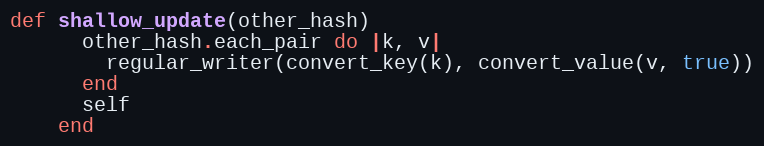
Language: Ruby
def shallow_update(other_hash)
      other_hash.each_pair do |k, v|
        regular_writer(convert_key(k), convert_value(v, true))
      end
      self
    end